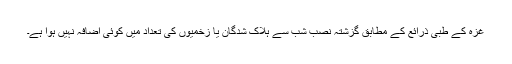
غزہ کے طبی ذرائع کے مطابق گزشتہ نصب شب سے ہلاک شدگان يا زخميوں کی تعداد ميں کوئی اضافہ نہيں ہوا ہے۔